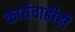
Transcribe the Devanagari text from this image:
कार्यवाहीही